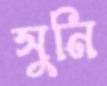
সুনি